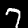
Digit: 7